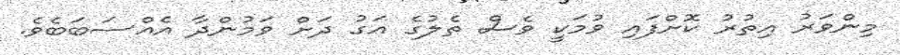
މިންވަރު އިތުރު ކޮށްފައި ވުމަކީ ވެސް ތެލުގެ އަގު ދަށް ވަމުންދާ އެއްސަބަބެވެ.